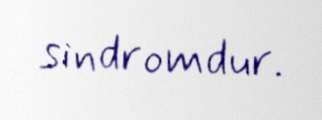
sindromdur.